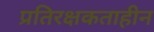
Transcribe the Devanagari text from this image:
प्रतिरक्षकताहीन